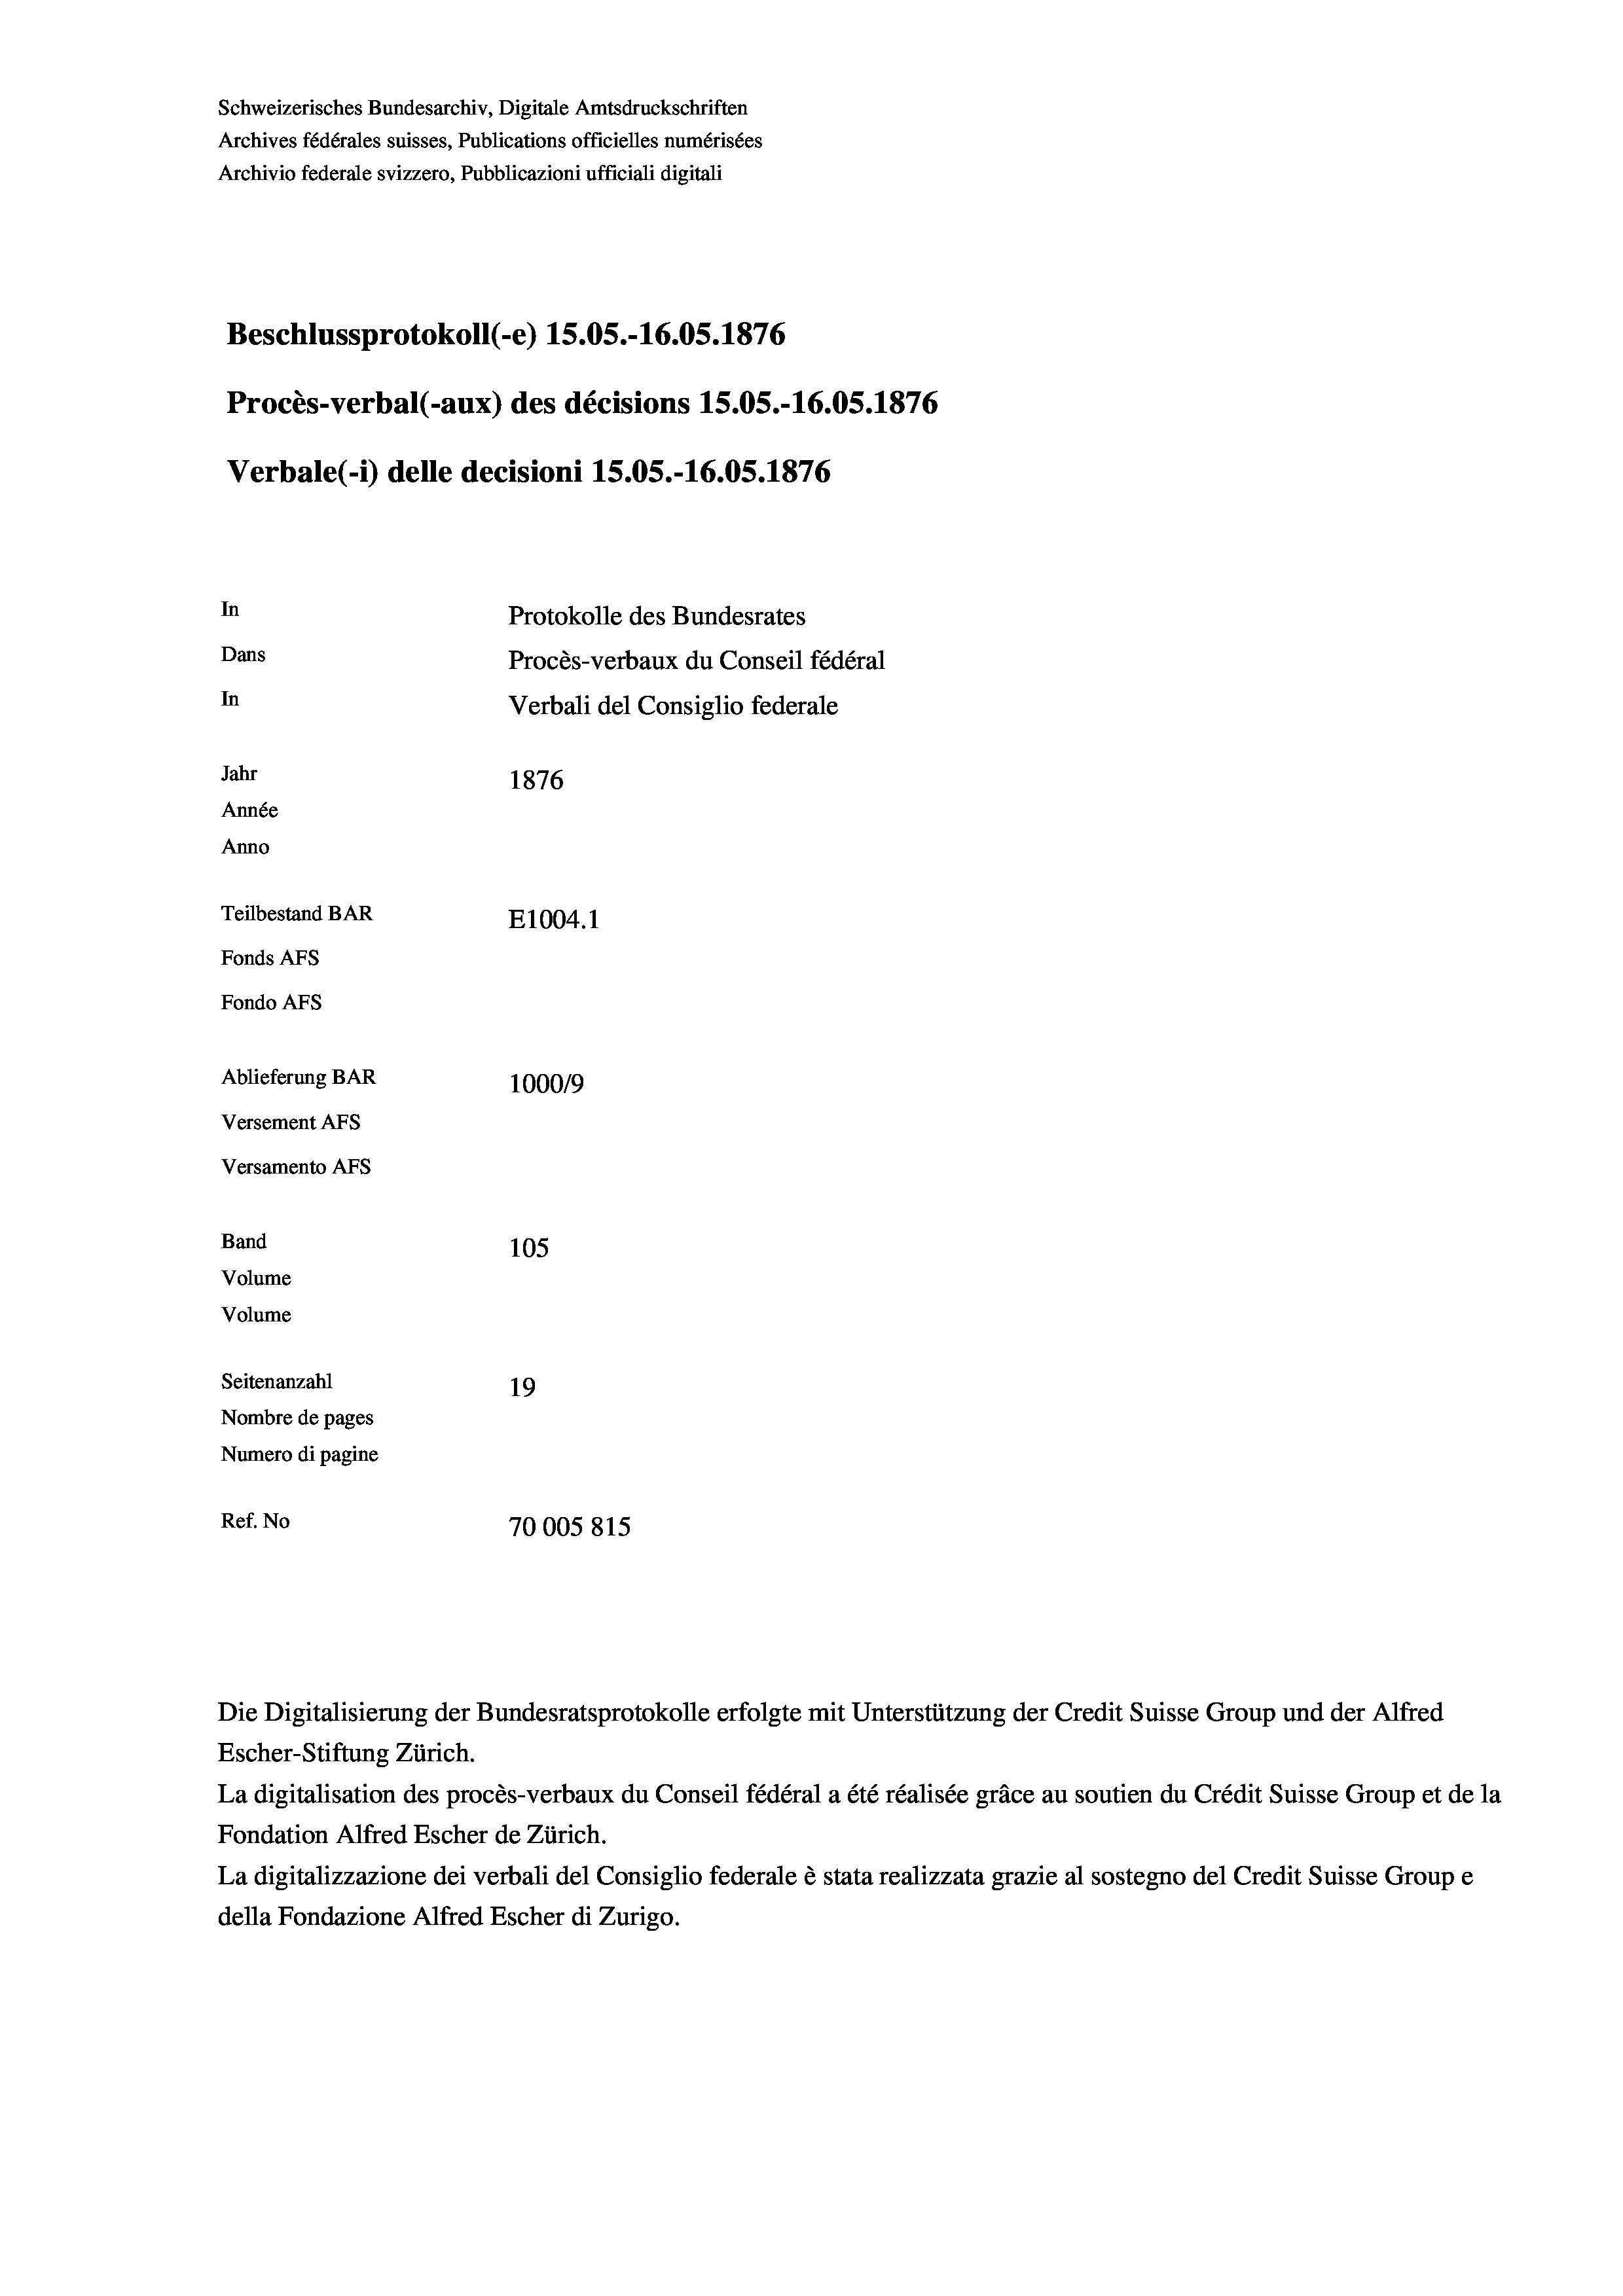
Schweizerisches Bundesarchiv, Digitale Amtsdruckschriften
Archives fédérales suisses, Publications officielles numérisées
Archivio federale svizzero, Pubblicazioni ufficiali digitali
Beschlussprotokoll (-e) 15.05.-16.05. 1876
Procès-verbal (-aux) des décisions 15.05.-16.05. 1876
Verbale (1) delle decisioni 1S.05.-16.05. 1876
In
Protokolle des Bundesrates
Dans
Procès-verbaux du Conseil fédéral
In
Verbali del Consiglio federale
Jahr
1876
Année
Anno
Teilbestand BAR
E1004.1
Fonds AFs
Fondo Afs
Ablieferung BAR
100019
Versement AFs
Versamento Afs
Band
105
Volume
Volume
Seitenanzahl
19
Nombre de pages
Numero di pagine
Ref. No
70005815

Escher-Stiftung Zürich.
La digitalisation des procès-verbaux du Conseil fédéral a été réalisée gräce au soutien du Crédit Suisse Group et de la
Fondation Alfred Escher de Zürich.
La digitalizzazione dei verbali del Consiglio federale è stata realizzata grazie al sostegno del Credit Suisse Groupe
della Fondazione Alfred Escher di Zurigo.

Die Digitalisierung der Bundesratsprotokolle erfolgte mit Unterstützung der Credit Suisse Group und der Alfred